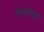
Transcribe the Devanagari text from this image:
शिवबख्श